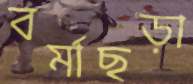
বর্মাছড়া